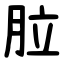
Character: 䏠